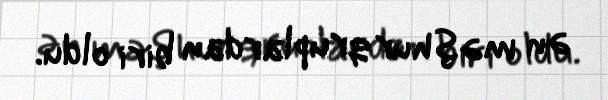
ən məşhur qruplardan biri oldu.